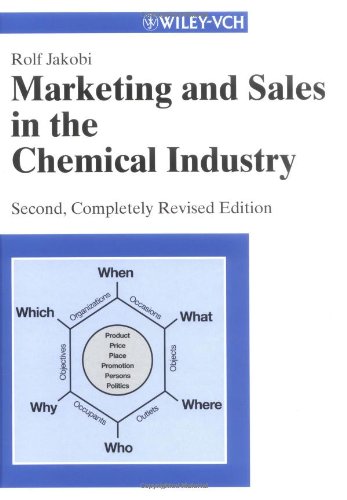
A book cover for Marketing and Sales in the Chemical Industry; Rolf Jakobi; Science & Math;